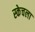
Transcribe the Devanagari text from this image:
स्केचला